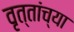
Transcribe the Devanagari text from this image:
वृत्तांच्या